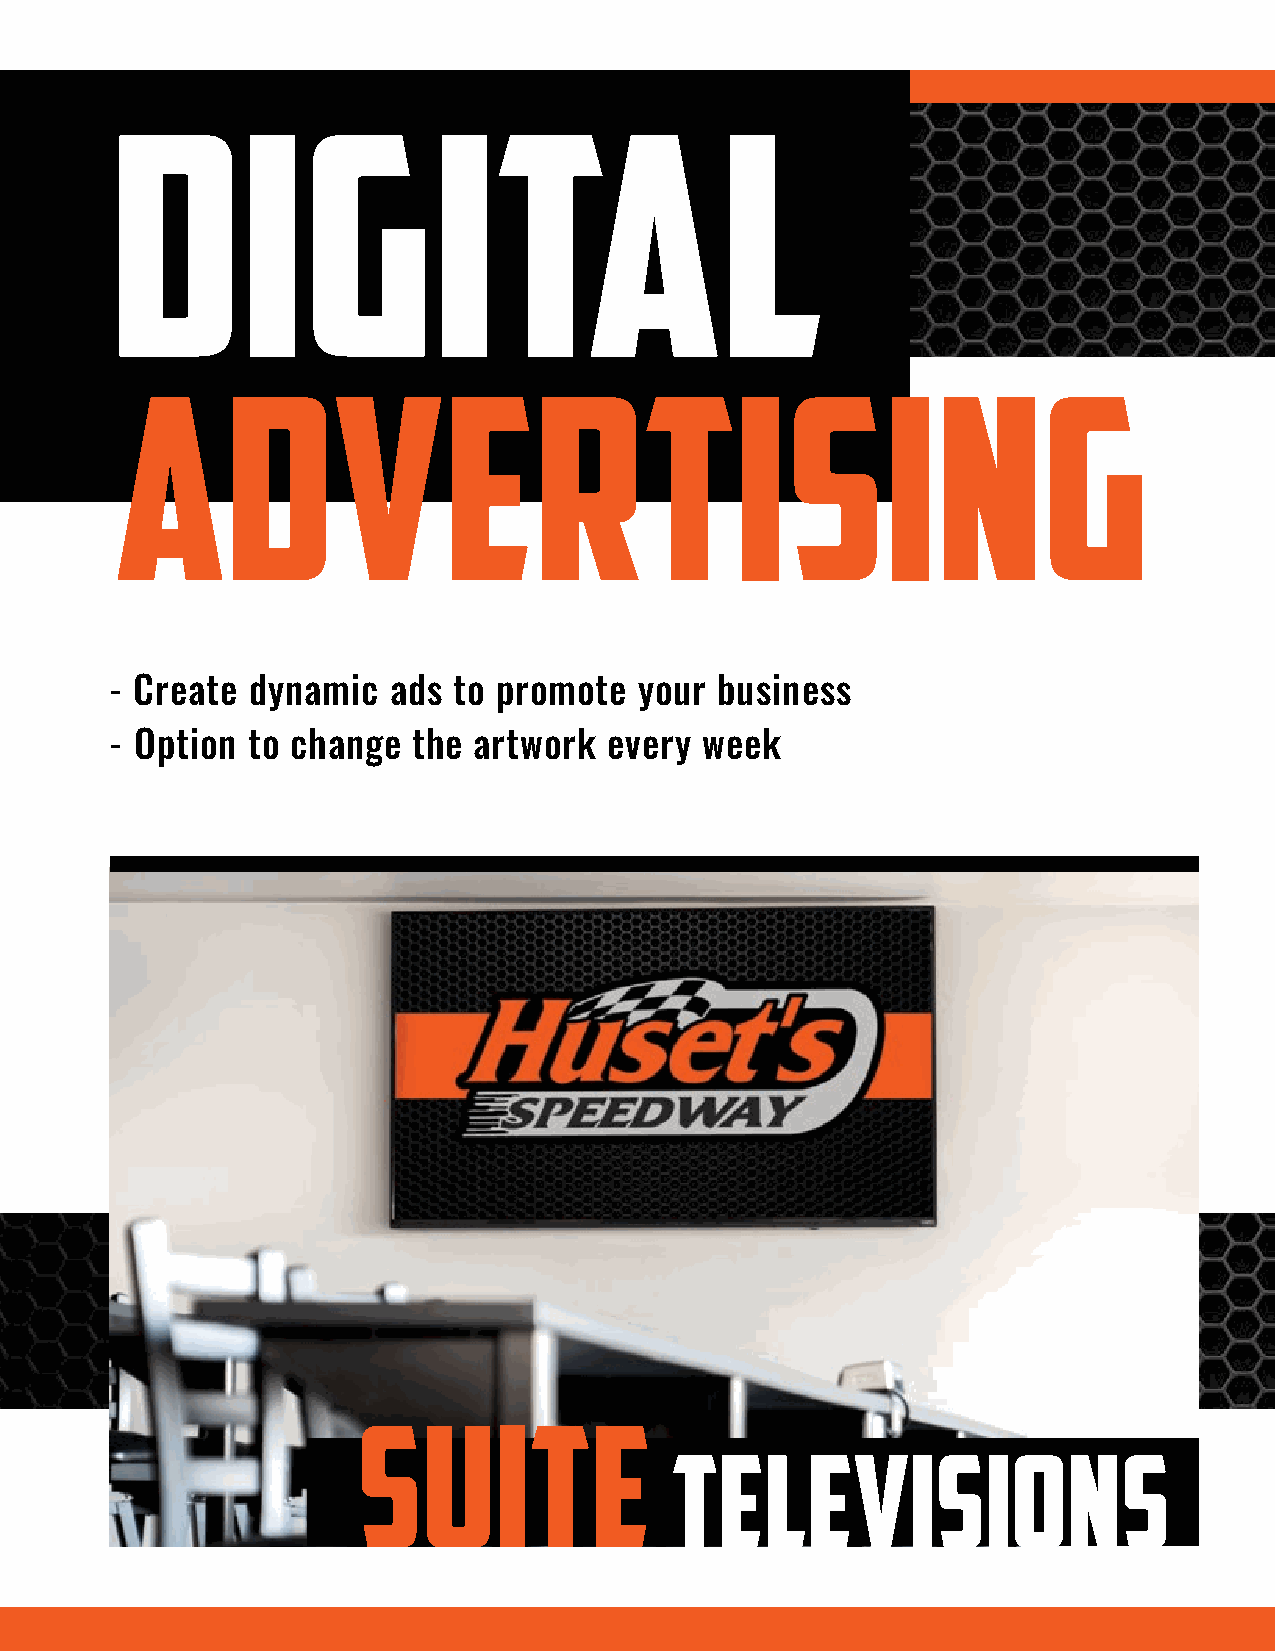
digital
 advertising
 - Create dynamic   ads to promote  your business
 - Option to change  the artwork  every week
 Turn                4
 Board
 Suite                                                               Backstretch
 Televisions                                                                                      Board